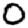
Digit: 0